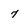
Character: 7